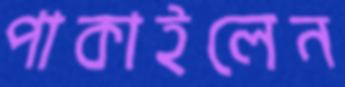
পাকাইলেন